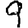
Digit: 9